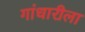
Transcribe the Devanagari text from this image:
गांधारीला